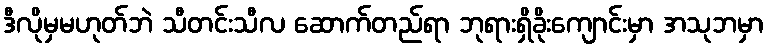
ဒီလိုမှမဟုတ်ဘဲ သီတင်းသီလ ဆောက်တည်ရာ ဘုရားရှိခိုးကျောင်းမှာ အသုဘမှာ